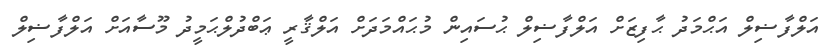
އަލްފާޟިލް އަޙްމަދު ޙާފިޒަށް އަލްފާޟިލް ޙުސައިން މުޙައްމަދަށް އަލްޤާރީ ޢަބްދުލްޙަމީދު މޫސާއަށް އަލްފާޟިލް